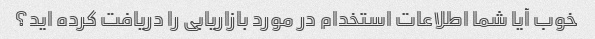
خوب آیا شما اطلاعات استخدام در مورد بازاریابی را دریافت کرده اید؟